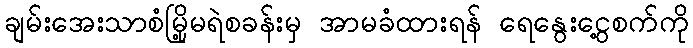
ချမ်းအေးသာစံမြို့မရဲစခန်းမှ အာမခံထားရန် ရေနွေးငွေ့စက်ကို